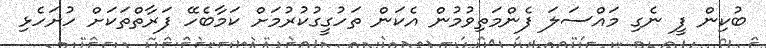
ބުކިން ފީ ނެގި މައްސަލަ ފެންމަތިވުމުން އެކަން ތަހުގީގުކުރުމަށް ކަމާބެހޭ ފަރާތްތަކަށް ހުށަހެޅި